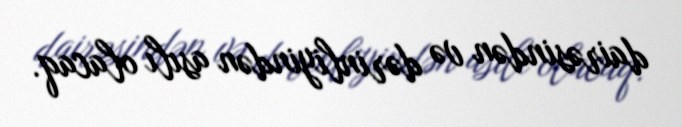
dairəsindən və dərinliyindən asılı olacaq.